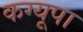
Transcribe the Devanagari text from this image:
कग्‍यूपा